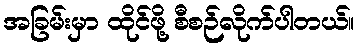
အခြမ်းမှာ ထိုင်ဖို့ စီစဉ်လိုက်ပါတယ်။